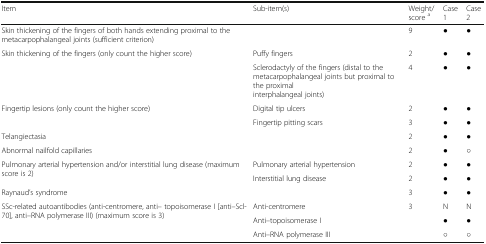
<table><thead><tr><td><b>Item</b></td><td><b>Sub-item(s)</b></td><td><b>Weight/score <sup>a</sup></b></td><td><b>Case 1</b></td><td><b>Case 2</b></td></tr></thead><tbody><tr><td>Skin thickening of the fingers of both hands extending proximal to the metacarpophalangeal joints (sufficient criterion)</td><td></td><td>9</td><td>●</td><td>●</td></tr><tr><td rowspan="2">Skin thickening of the fingers (only count the higher score)</td><td>Puffy fingers</td><td>2</td><td>●</td><td>●</td></tr><tr><td>Sclerodactyly of the fingers (distal to the metacarpophalangeal joints but proximal to the proximalinterphalangeal joints)</td><td>4</td><td>●</td><td>●</td></tr><tr><td rowspan="2">Fingertip lesions (only count the higher score)</td><td>Digital tip ulcers</td><td>2</td><td>●</td><td>●</td></tr><tr><td>Fingertip pitting scars</td><td>3</td><td>●</td><td>●</td></tr><tr><td>Telangiectasia</td><td></td><td>2</td><td>●</td><td>●</td></tr><tr><td>Abnormal nailfold capillaries</td><td></td><td>2</td><td>●</td><td>○</td></tr><tr><td rowspan="2">Pulmonary arterial hypertension and/or interstitial lung disease (maximum score is 2)</td><td>Pulmonary arterial hypertension</td><td>2</td><td>●</td><td>●</td></tr><tr><td>Interstitial lung disease</td><td>2</td><td>●</td><td>●</td></tr><tr><td>Raynaud’s syndrome</td><td></td><td>3</td><td>●</td><td>●</td></tr><tr><td rowspan="3">SSc-related autoantibodies (anti-centromere, anti– topoisomerase I [anti–Scl-70], anti–RNA polymerase III) (maximum score is 3)</td><td>Anti-centromere</td><td rowspan="3">3</td><td>N</td><td>N</td></tr><tr><td>Anti–topoisomerase I</td><td>●</td><td>●</td></tr><tr><td>Anti–RNA polymerase III</td><td>○</td><td>○</td></tr></tbody></table>